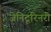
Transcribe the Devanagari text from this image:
जेनिटूरिनरी